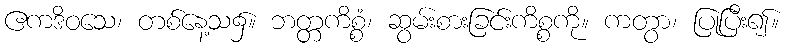
ဧကဒိဝသေ၊ တစ်နေ့သ၌။ ဘတ္တကိစ္စံ၊ ဆွမ်းစားခြင်းကိစ္စကို။ ကတွာ၊ ပြုပြီး၍။